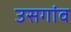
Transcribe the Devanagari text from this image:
उसगांव